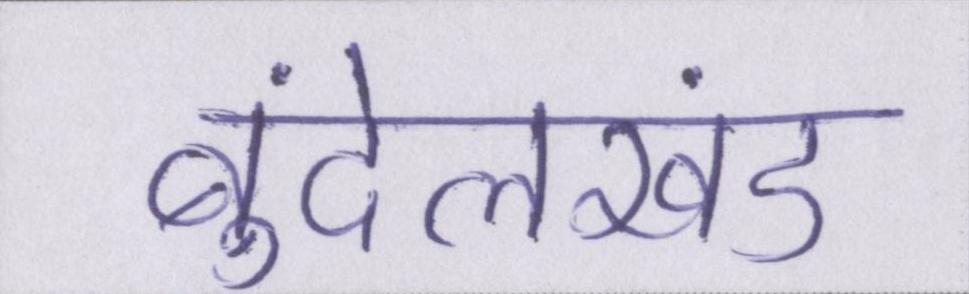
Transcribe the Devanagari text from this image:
बुंदेलखंड